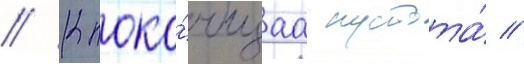
// Клоко́чущаа пустота́ //